Annual report on the Civil Veterinary Department, Burma (including the Insein Veterinary School) - 1910-1922
Year: 1910
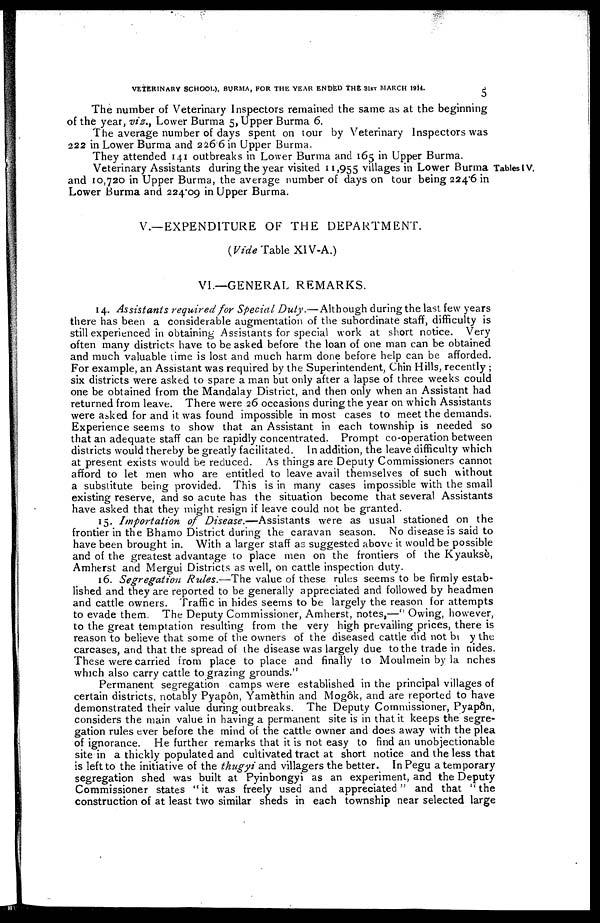
VETERINARY SCHOOL), BURMA, FOR THE YEAR ENDED THE 31ST MARCH 1914.
The number of Veterinary Inspectors remained the same as at the beginning
of the year, viz., Lower Burma 5, Upper Burma 6.
The average number of days spent on tour by Veterinary Inspectors was
222 in Lower Burma and 226 6 in Upper Burma.
They attended 141 outbreaks in Lower Burma and 165 in Upper Burma.
Tables IV.
Veterinary Assistants during the year visited 11,955 villages in Lower Burma
and 10,720 in Upper Burma, the average number of days on tour being 224.6 in
Lower Burma and 224 09 in Upper Burma.
V.—EXPENDITURE OF THE DEPARTMENT.
(Vide Table XIV-A.)
VI.—GENERAL REMARKS.
14. Assistants required for Special Duty.—Although during the last few years
there has been a considerable augmentation of the subordinate staff, difficulty is
still experienced in obtaining Assistants for special work at short notice. Very
often many districts have to be asked before the loan of one man can be obtained
and much valuable time is lost and much harm done before help can be afforded.
For example, an Assistant was required by the Superintendent, Chin Hills, recently ;
six districts were asked to spare a man but only after a lapse of three weeks could
one be obtained from the Mandalay District, and then only when an Assistant had
returned from leave. There were 26 occasions during the year on which Assistants
were asked for and it was found impossible in most cases to meet the demands.
Experience seems to show that an Assistant in each township is needed so
that an adequate staff can be rapidly concentrated. Prompt co-operation between
districts would thereby be greatly facilitated. In addition, the leave difficulty which
at present exists would be reduced. As things are Deputy Commissioners cannot
afford to let men who are entitled to leave avail themselves of such without
a substitute being provided. This is in many cases impossible with the small
existing reserve, and so acute has the situation become that several Assistants
have asked that they might resign if leave could not be granted.
15. Importation of Disease.—Assistants
were as usual stationed on the
frontier in the Bhamo District during the caravan season. No disease is said to
have been brought in. With a larger staff as suggested above it would be possible
and of the greatest advantage to place men on the frontiers of the Kyauksè,
Amherst and Mergui Districts as well, on cattle inspection duty.
16. Segregation Rules.—The value of these rules seems to be firmly estab-
lished and they are reported to be generally appreciated and followed by headmen
and cattle owners. Traffic in hides seems to be largely the reason for attempts
to evade them. The Deputy Commissioner, Amherst, notes,—" Owing, however,
to the great temptation resulting from the very high prevailing prices, there is
reason to believe that some of the owners of the diseased cattle did not but by the
carcases, and that the spread of the disease was largely due to the trade in nides.
These were carried from place to place and finally to Moulmein by la nches
which also carry cattle to grazing grounds."
Permanent segregation camps were established in the principal villages of
certain districts, notably Pyapôn, Yamèthin and Mogôk, and are reported to have
demonstrated their value during outbreaks. The Deputy Commissioner, Pyapôn,
considers the main value in having a permanent site is in that it keeps the segre-
gation rules ever before the mind of the cattle owner and does away with the plea
of ignorance. He further remarks that it is not easy to find an unobjectionable
site in a thickly populated and cultivated tract at short notice and the less that
is left to the initiative of the thugyi and villagers the better. In Pegu a temporary
segregation shed was built at Pyinbongyi as an experiment, and the Deputy
Commissioner states "it was freely used and appreciated" and that "the
construction of at least two similar sheds in each township near selected large